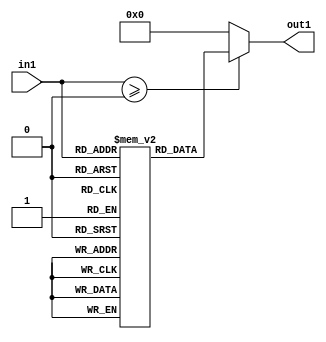
`timescale 1ns / 1ps
module control_unit_1(
    input [5:0] in1,
    output [3:0] out1
    );

reg[3:0]Reg[0:63];
reg [3:0]REG;

initial
begin
 Reg[0]=4'b10_11; //ADD
 Reg[1]=4'b10_11; //SUB                //ADD RR instructions A and B are selected
 Reg[2]=4'b10_11; //AND
 Reg[3]=4'b10_11; //OR
 Reg[4]=4'b10_11; //SLT
 Reg[5]=4'b10_11; //MUL
 
 
 Reg[8]=4'b11_10; //load and store instructions
 Reg[9]=4'b11_00; //-------------------------> this 11_01 is for "wr" back signal of register bank(cu[3],cu[0]) to off the signal
 
 Reg[10]=4'b11_11; // ADDI
 Reg[11]=4'b11_11; //SUBI
 Reg[12]=4'b11_11; //SLTI

 Reg[13]=4'b01_11; //BNEQZ 0111--->(011)_1(BNEQZ)---->(01)_11(alu_select)
 Reg[14]=4'b01_00; //BEQZ  0100--->(010)_0(BEQZ)----->(01)_00(alu_select)
 
 //Reg[4'bzzzz]=4'b0000;
REG=4'b0000;//initial value

end

assign out1=REG;

always@(in1)
  begin
	if(in1>=5'b0)
	  REG=Reg[in1];
	else               //if(in1<5'b0) other cases like xxxxxxxxx and zzzzzzzzz
	  REG=4'b0000;
  end

endmodule

module control_unit_2(
    input[2:0] cu,
    input eq1,
    output out
    );
	 
wire s1;	 
	 
 
 assign s1=(~(cu[2]))&cu[1]&(cu[0]^eq1); /// cu3 cu2 cu1 of control unit 1
 
 //not n4(out,s1);
 assign out=~(s1);
 
endmodule
module control_unit3(
    input [5:0] in1,
    input clk,
    output out1
    );


reg in=0;
reg clk1;


//initial
//begin
//in=1'b0;
//end

 and r1(out1,in,clk1);

always@(clk)
#6 clk1=clk;

always@(in1)
	begin
	if(in1==6'b001001)
		 in=1'b1;
	else
		in=1'b0;
	end
	
endmodule
module control_unit_4(
    input cu3,cu1,clk,
    output wr
    );

  
assign #6 wr=(cu3 & cu1)& clk ;




endmodule